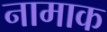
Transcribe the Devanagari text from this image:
नामाक